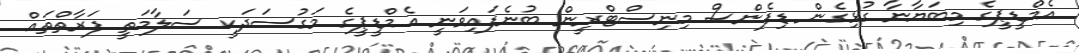
އެމްޑީޕީގެ މިބަޔާނާ ގުޅިގެން ޑިފެންސް މިނިސްޓްރީން ބުނެފައިވަނީ އެމްޑީޕީގެ މަގުސަދަކީ ސަލާމަތީ ފަރާތްތައް